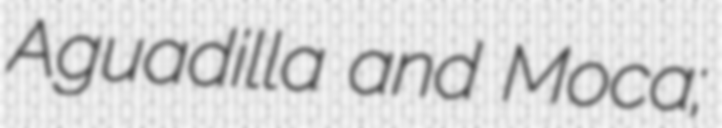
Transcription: Aguadilla and Moca;